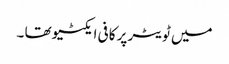
میں ٹویٹر پر کافی ایکٹیو تھا ۔